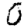
Digit: 0